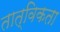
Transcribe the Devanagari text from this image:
तात्विकता